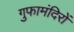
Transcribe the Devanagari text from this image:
गुफामंदिरों